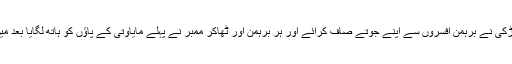
اسی دلت لڑکی نے برہمن افسروں سے اپنے جوتے صاف کرائے اور ہر برہمن اور ٹھاکر ممبر نے پہلے مایاوتی کے پاؤں کو ہاتھ لگایا بعد میں حلف لیا۔